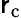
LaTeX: \mathsf{r}_{\mathrm{{c}}}